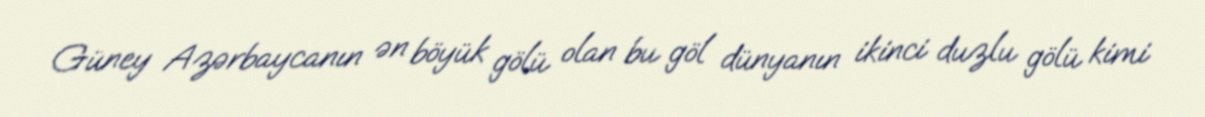
Güney Azərbaycanın ən böyük gölü olan bu göl dünyanın ikinci duzlu gölü kimi